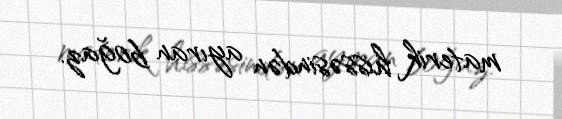
materik hissəsindən ayıran boğaz.